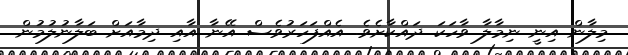
މިލާން އިނީ ނިމާލާ ވާހަކަ ދައްކާށެވެ. އެއްފަހަރުވެސް އޭނާ އާއި ދިމާއަށް ބަލާނުލުމުން